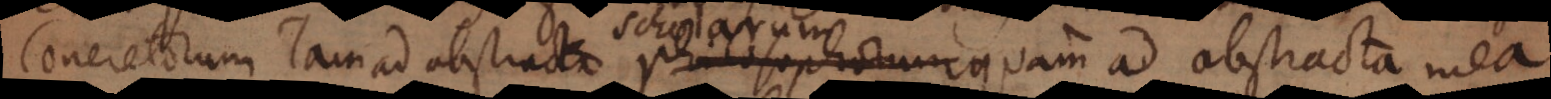
Concretorum tam ad abstracta philosophorum quam ad abstracta mea.